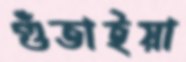
গুঁতাইয়া